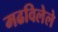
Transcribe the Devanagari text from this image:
मढविलेले